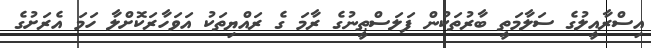
އިސްރާއީލުގެ ސަލާމަތީ ބާރުތަކުން ފަލަސްޠީނުގެ ރާމަ ގެ ރައްޔިތަކު އަވަހާރަކޮށްލާ ހަމަ އެރަށުގެ